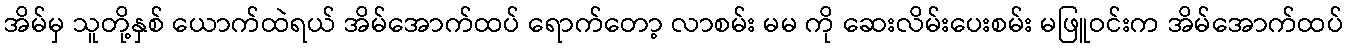
အိမ်မှ သူတို့နှစ် ယောက်ထဲရယ် အိမ်အောက်ထပ် ရောက်တော့ လာစမ်း မမ ကို ဆေးလိမ်းပေးစမ်း မဖြူဝင်းက အိမ်အောက်ထပ်